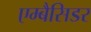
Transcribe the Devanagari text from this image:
एम्बैसिडर